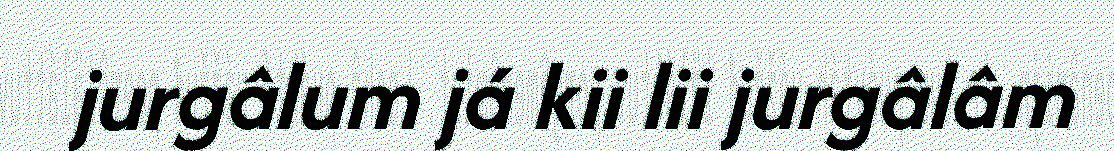
jurgâlum já kii lii jurgâlâm